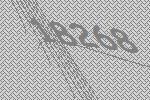
18268